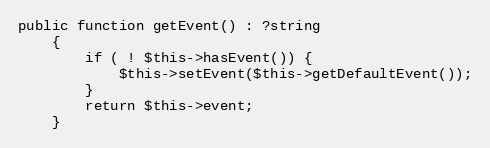
Language: PHP
public function getEvent() : ?string
    {
        if ( ! $this->hasEvent()) {
            $this->setEvent($this->getDefaultEvent());
        }
        return $this->event;
    }